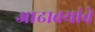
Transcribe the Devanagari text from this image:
आढावयांचे